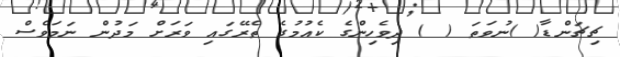
ޗިޗަންޑާ( )ނުވަތަ ( ) ދިވެހިންގެ ކެއުމުގެ ތެރޭގައި ވަރަށް މަދުން ނަމަވެސް